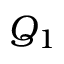
Q _ { 1 }